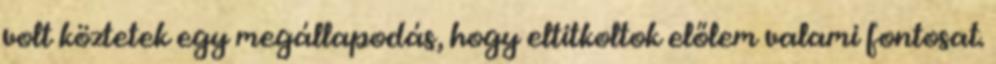
volt köztetek egy megállapodás, hogy eltitkoltok előlem valami fontosat.